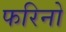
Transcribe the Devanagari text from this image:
फरिनो